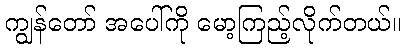
ကျွန်တော် အပေါ်ကို မော့ကြည့်လိုက်တယ်။